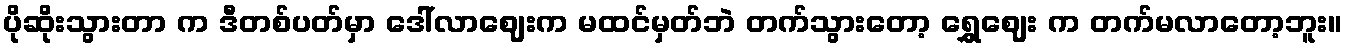
ပိုဆိုးသွားတာ က ဒီတစ်ပတ်မှာ ဒေါ်လာဈေးက မထင်မှတ်ဘဲ တက်သွားတော့ ရွှေဈေး က တက်မလာတော့ဘူး။